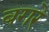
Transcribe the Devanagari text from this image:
बगरे